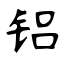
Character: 铝